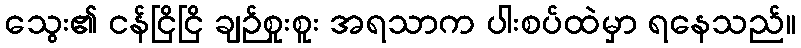
သွေး၏ ငန်ငြိငြိ ချဉ်စူးစူး အရသာက ပါးစပ်ထဲမှာ ရနေသည်။